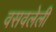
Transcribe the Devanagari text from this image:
वसवलेली